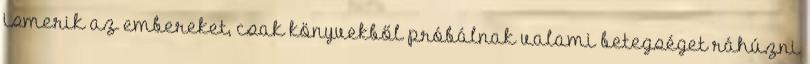
ismerik az embereket, csak könyvekből próbálnak valami betegséget ráhúzni